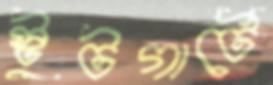
স্টুটগার্টে